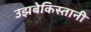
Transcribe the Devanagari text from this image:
उझबेकिस्तानी